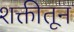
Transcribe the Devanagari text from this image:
शक्तीतून